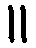
။